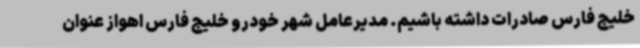
خلیج فارس صادرات داشته باشیم. مدیرعامل شهر خودرو خلیج فارس اهواز عنوان